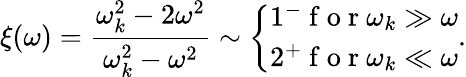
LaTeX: \xi(\omega)=\frac{\omega_{k}^{2}-2\omega^{2}}{\omega_{k}^{2}-\omega^{2}}\sim\left\{ \begin{array}{ll}{1^{-}\mathrm{~f~o~r~}\omega_{k}\gg\omega}\\ {2^{+}\mathrm{~f~o~r~}\omega_{k}\ll\omega}\end{array}\right..